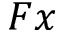
F x